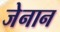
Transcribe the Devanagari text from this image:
जेनान